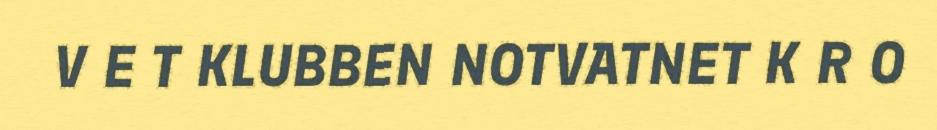
V E T KLUBBEN NOTVATNET K R O